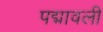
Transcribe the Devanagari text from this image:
पद्मावली